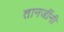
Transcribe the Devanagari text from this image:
तानजींनी